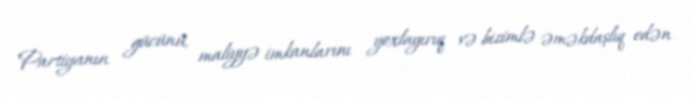
Partiyanın gücünü, maliyyə imkanlarını yoxlayırıq və bizimlə əməkdaşlıq edən